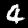
Digit: 4